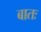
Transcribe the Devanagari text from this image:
बातः